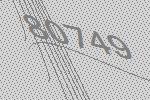
80749